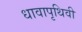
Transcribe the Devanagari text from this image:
धावापृथिवी